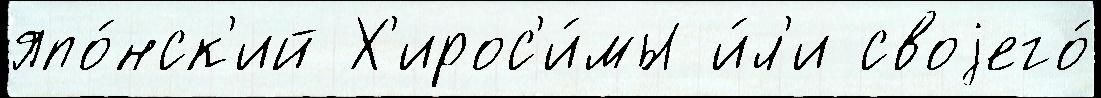
япо́нск'ий Х'ирос'и́мы и́л'и своjего́